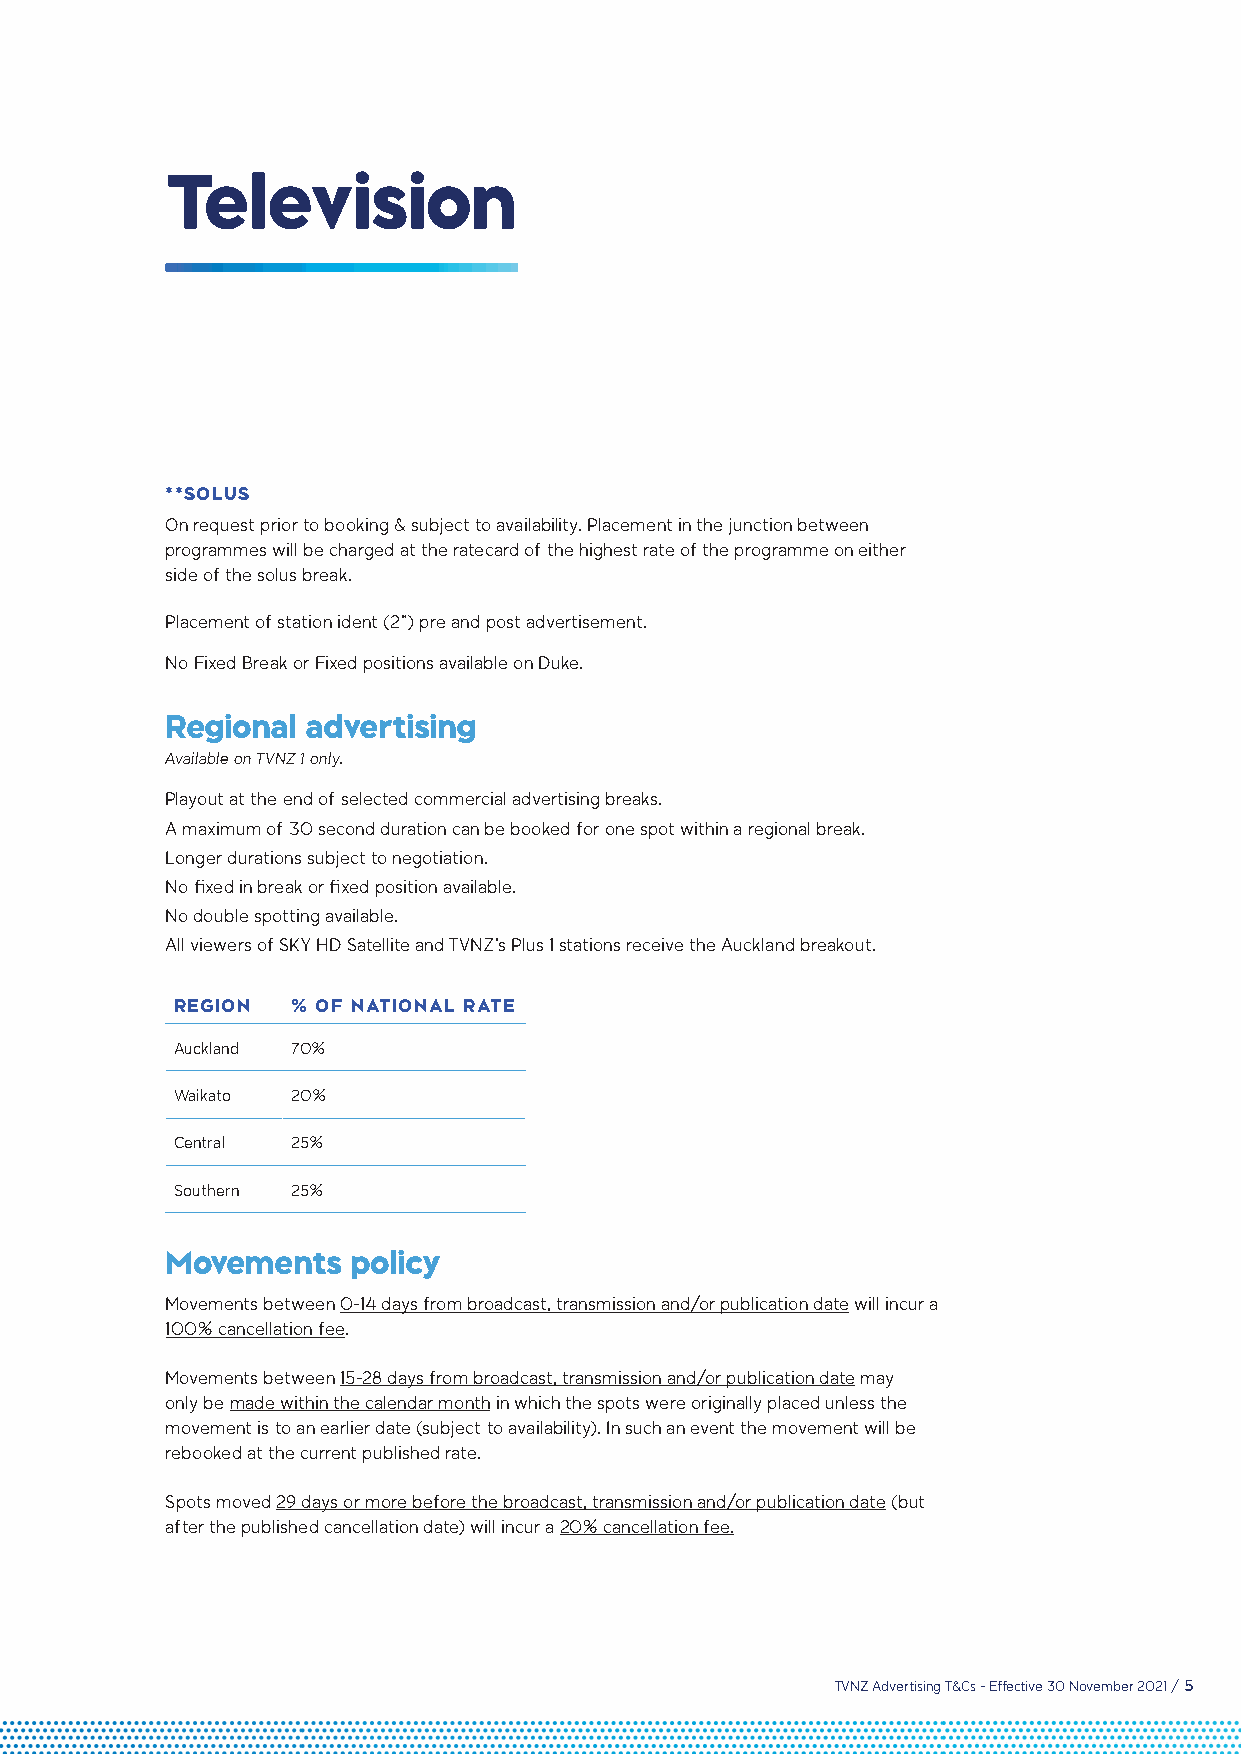
Television
 **SOLUS
 On request prior to booking & subject to availability. Placement in the junction between
 programmes will be charged at the ratecard of the highest rate of the programme on either
 side of the solus break.
 Placement of station ident (2”) pre and post advertisement.
 No Fixed Break or Fixed positions available on Duke.
 Regional advertising
 Available on TVNZ 1 only.
 Playout at the end of selected commercial advertising breaks.
 A maximum of 30 second duration can be booked for one spot within a regional break.
 Longer durations subject to negotiation.
 No fixed in break or fixed position available.
 No double spotting available.
 All viewers of SKY HD Satellite and TVNZ’s Plus 1 stations receive the Auckland breakout.
 REGION  % OF NATIONAL RATE
 Auckland 70%
 Waikato 20%
 Central 25%
 Southern 25%
 Movements   policy
 Movements between 0-14 days from broadcast, transmission and/or publication date will incur a
 100% cancellation fee.
 Movements between 15-28 days from broadcast, transmission and/or publication date may
 only be made within the calendar month in which the spots were originally placed unless the
 movement is to an earlier date (subject to availability). In such an event the movement will be
 rebooked at the current published rate.
 Spots moved 29 days or more before the broadcast, transmission and/or publication date (but
 after the published cancellation date) will incur a 20% cancellation fee.
 TVNZ Advertising T&Cs - Effective 30 November 2021 / 5